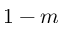
1 - m